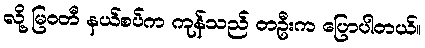
လို့ မြဝတီ နယ်စပ်က ကုန်သည် တဦးက ပြောပါတယ်။